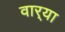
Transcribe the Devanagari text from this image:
वार्‍या